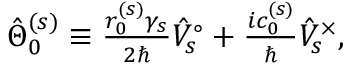
\begin{array} { r } { \hat { \Theta } _ { 0 } ^ { ( s ) } \equiv \frac { r _ { 0 } ^ { ( s ) } \gamma _ { s } } { 2 \hbar } \hat { V } _ { s } ^ { \circ } + \frac { i c _ { 0 } ^ { ( s ) } } { \hbar } \hat { V } _ { s } ^ { \times } , } \end{array}